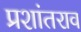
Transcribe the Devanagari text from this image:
प्रशांतराव